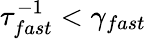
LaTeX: \tau_{fast}^{-1}<\gamma_{fast}